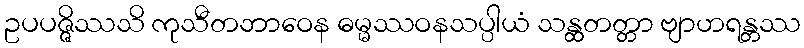
ဥပပဇ္ဇိဿသိ ကုသီတဘာဝေန ဓမ္မဿဝနသပ္ပါယံ သန္ထတတ္တာ ဗျာဟရန္တဿ